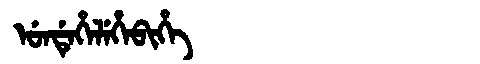
Manchu: ᡠᠨᡩᡝᡥᡝᠯᡝᡥᡝᠪᡳᡥᡝ
Romanization: UNDEHELEHEBIHE